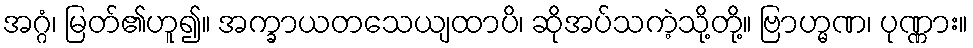
အဂ္ဂံ၊ မြတ်၏ဟူ၍။ အက္ခာယတသေယျထာပိ၊ ဆိုအပ်သကဲ့သို့တို့။ ဗြာဟ္မဏ၊ ပုဏ္ဏား။